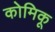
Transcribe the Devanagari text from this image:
कोमिकू